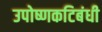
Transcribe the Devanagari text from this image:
उपोष्णकटिबंधी